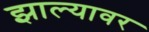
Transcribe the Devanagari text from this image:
झाल्‍यावर